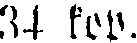
34 kop.